Report on vaccination in Madras 1895-1903 - 1895-1903
Year: 1895
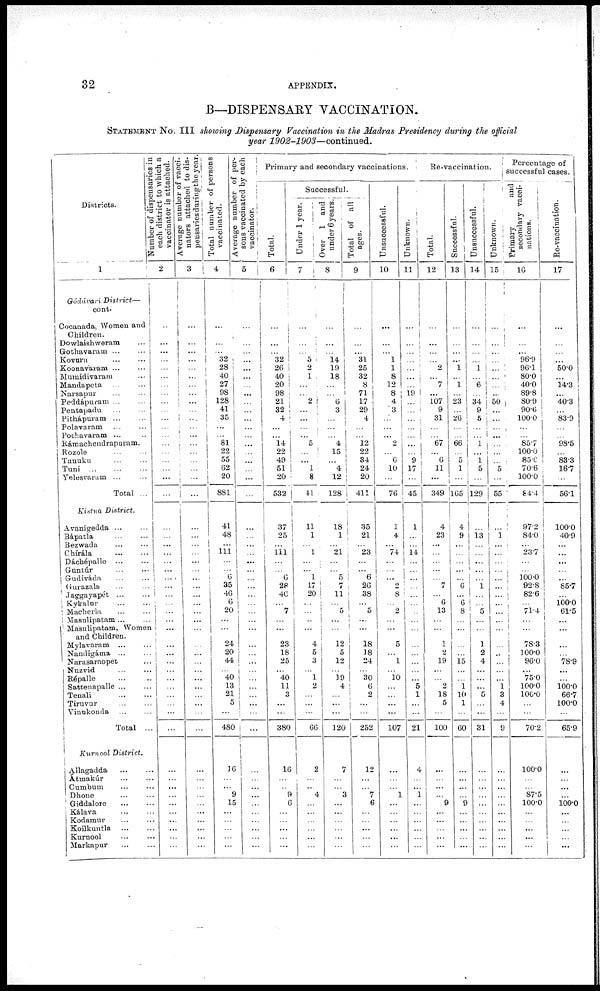
32
APPENDIX.
B—DISPENSARY VACCINATION.
STATEMENT No. III showing Dispensary Vaccination in the Madras Presidency during the official
year 1902-1903—continued.
Districts.
1
Gódávari
District—
cont.
Cocanada, Women and
Children.
Dowlaishweram ...
Gothavaram
...
...
Kovuru ... ...
Koonavaram ...
Mumidivaram ... ...
Mandapeta ... ...
Narsapur ... ...
Peddápuram
...
...
Pentapadu
...
...
Pithápuram ... ...
Polavaram
...
...
Pothavaram ... ...
Rámachendrapuram.
Rozole ... ...
Tanuku ... ...
Tuni
...
...
...
Yelesvaram ... ...
Total ...
Kistna
District.
Avanigedda ... ...
Bápatla ... ...
Bezwada ... ...
Chirála
...
...
Dáchépalle ... ...
Guntúr ... ...
Gudiváda
...
...
Gurazala ... ...
Jaggayapét
...
...
Kykalur
...
...
Macherla ... ...
Masulipatam ... ...
Masulipatam, Women
and Children.
Mylavaram ... ...
Nandigáma ... ...
Narasaraopet ...
Nuzvid ... ...
Répalle ... ...
Sattenapalle ... ...
Tenali
...
...
Tiruvur ... ...
Vinukonda ... ...
Total ...
Kurnool
District.
Allagadda
...
...
Átmakúr ... ...
Cumbum ... ...
Dhone
...
...
Giddalore
...
...
Kálava ... ...
Kodamur ... ...
Koilkuntla
...
...
Kurnool ... ...
Markapur ... ...
Number of dispensaries in
each district to which a
vaccinator is attached.
2
...
...
...
...
...
...
...
...
...
...
...
...
...
...
...
...
...
...
...
...
...
...
...
...
...
...
...
...
...
...
...
...
...
...
...
...
...
...
...
...
...
...
...
...
...
...
...
...
...
...
...
...
Average number of vacci-
nators attached to dis¬
pensaries during the year
3
...
...
...
...
...
...
...
...
...
...
...
...
...
...
...
...
...
...
...
...
...
...
...
...
...
...
...
...
...
...
...
...
...
...
...
...
...
...
...
...
...
...
...
...
...
...
...
...
...
...
...
...
Total number of persons
vaccinated.
4
...
...
...
32
28
40
27
98
128
41
35
...
...
81
22
55
62
20
881
41
48
...
111
...
...
6
35
46
6
20
...
...
24
20
44
...
40
13
21
5
...
480
16
...
...
9
15
...
...
...
...
...
Average number of per¬
sons vaccinated by each
vaccinator.
5
...
...
...
...
...
...
...
...
...
...
...
...
...
...
...
...
...
...
...
...
...
...
...
...
...
...
...
...
...
...
...
...
...
...
...
...
...
...
...
...
...
...
...
...
...
...
...
...
...
...
...
...
Primary and secondary vaccinations.
Total.
6
...
...
...
32
26
40
20
98
21
32
4
...
...
14
22
49
51
20
532
37
25
...
111
...
...
6
28
46
...
7
...
...
23
18
25
...
40
11
3
...
...
380
16
...
...
9
6
...
...
...
...
...
Successful.
Under 1 year.
7
...
...
...
5
2
1
...
...
2
...
...
...
...
5
...
...
1
8
41
11
1
...
1
...
...
1
17
20
...
...
..
...
4
5
3
...
1
2
...
...
...
66
2
...
...
4
...
...
...
...
...
...
Over 1 and
under
6 years.
8
...
...
...
14
19
18
...
...
6
3
...
...
...
4
15
...
4
12
128
18
1
...
21
...
...
5
7
11
...
5
...
...
12
5
12
...
19
4
...
...
...
120
7
...
...
3
...
...
...
...
...
...
Total of all
ages.
9
...
...
...
31
25
32
8
71
17
29
4
...
...
12
22
34
24
20
411
35
21
...
23
...
...
6
26
38
...
5
...
...
18
18
24
...
30
6
2
...
...
252
12
...
...
7 6
...
...
...
...
...
Unsuccessful.
10
...
...
...
1
1
8
12
8
4
3
...
...
...
2
...
6
10
...
76
1
4
...
74
...
...
...
2
8
...
2
...
...
5
...
1
...
10
...
...
...
...
107
...
...
...
1
...
...
...
...
...
...
Unknown.
11
...
...
...
...
...
...
...
19
...
...
...
...
...
...
...
9
17
...
45
1
...
...
14
...
...
...
...
...
...
...
...
...
...
...
...
...
...
5
1
...
...
21
4
...
...
1
...
...
...
...
...
...
Re-vaccination.
Total.
12
...
...
...
...
2
... 7
...
107
9
31
...
...
67
...
6
11
...
349
4
23
...
...
...
...
...
7
...
6
13
...
...
1
2
19
...
...
2
18
5
...
100
...
...
...
...
9
...
...
...
...
...
Successful.
13
...
...
...
...
1
...
1
...
23
...
26
...
...
66
...
5
1
...
165
4
9
...
...
...
...
...
6
...
6
8
...
...
...
...
15
...
...
1
10
1
...
60
...
...
...
...
9
...
...
...
...
...
Unsuccessful.
14
...
...
...
...
l
...
6
...
34
9
5
...
...
1
...
1
5
...
129
...
13
...
...
...
...
...
1
...
...
5
...
...
1
2
4
...
...
...
5
...
...
31
...
...
...
...
...
...
...
...
...
...
Unknown.
15
...
...
...
...
...
...
...
...
50
...
...
...
...
...
...
...
5
...
55
...
1
...
...
...
...
...
...
...
...
...
...
...
...
...
...
...
...
1
3
4
...
9
...
...
...
...
...
...
...
...
...
...
Percentage of
successful cases.
Primary
and
secondary vacci-
nations.
16
...
...
...
96.9
96.1
80.0
40.0
89.8
80.9
90.6
100.0
...
...
85.7
100.0
85.6
70.6
100.0
84.4
97.2
84.0
...
23.7
...
...
100.0
92.8
82.6
...
71.4
...
...
783
100.0
96.0
... 75.0
100.0
100.0
...
...
70.2
100.0
...
...
87.5
100.0
...
...
...
...
...
Re-vaccination.
17
...
...
...
...
50.0
...
14.3
...
40.3
...
83.9
...
...
98.5
...
83.3
16.7
...
56.1
100.0
40.9
...
...
...
...
...
85.7
...
100.0
61.5
...
...
...
...
78.9
...
...
100.0
66.7
100.0
...
65.9
...
...
...
...
100.0
...
...
...
...
...